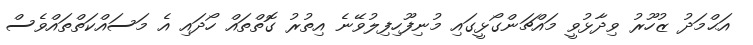
އަޙްމަދު ޒުހޫރު ވިދާޅުވީ މައްޗަންގޯޅީގައި މުނިފޫހިފިލުވޭނެ އިތުރު ގޮތްތައް ހޯދައި އެ މަސައްކަތްތައްވެސް